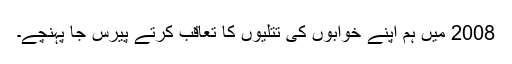
2008 میں ہم اپنے خوابوں کی تتلیوں کا تعاقب کرتے پیرس جا پہنچے۔